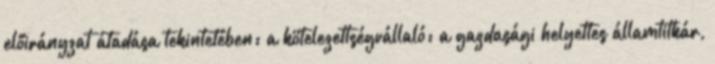
előirányzat átadása tekintetében: a kötelezettségvállaló: a gazdasági helyettes államtitkár,